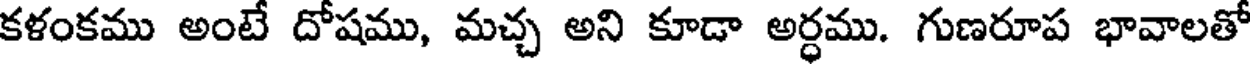
కళంకము అంటే దోషము, మచ్చ అని కూడా అర్ధము. గుణరూప భావాలతో